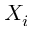
X _ { i }